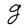
Character: g